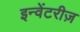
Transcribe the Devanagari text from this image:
इन्वेंटरीज़